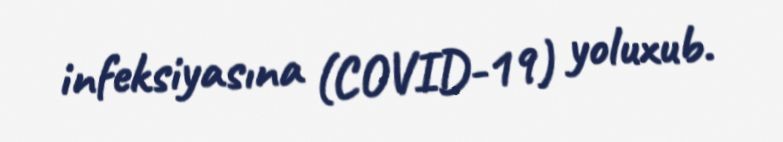
infeksiyasına (COVID-19) yoluxub.